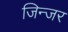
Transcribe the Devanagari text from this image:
जिन्जर